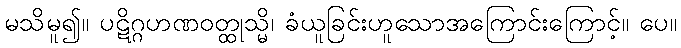
မသိမူ၍။ ပဋိဂ္ဂဟဏဝတ္ထုသ္မိ၊ ခံယူခြင်းဟူသောအကြောင်းကြောင့်။ ပေ။